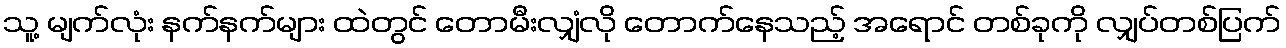
သူ့ မျက်လုံး နက်နက်များ ထဲတွင် တောမီးလျှံလို တောက်နေသည့် အရောင် တစ်ခုကို လျှပ်တစ်ပြက်